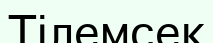
Тілемсек